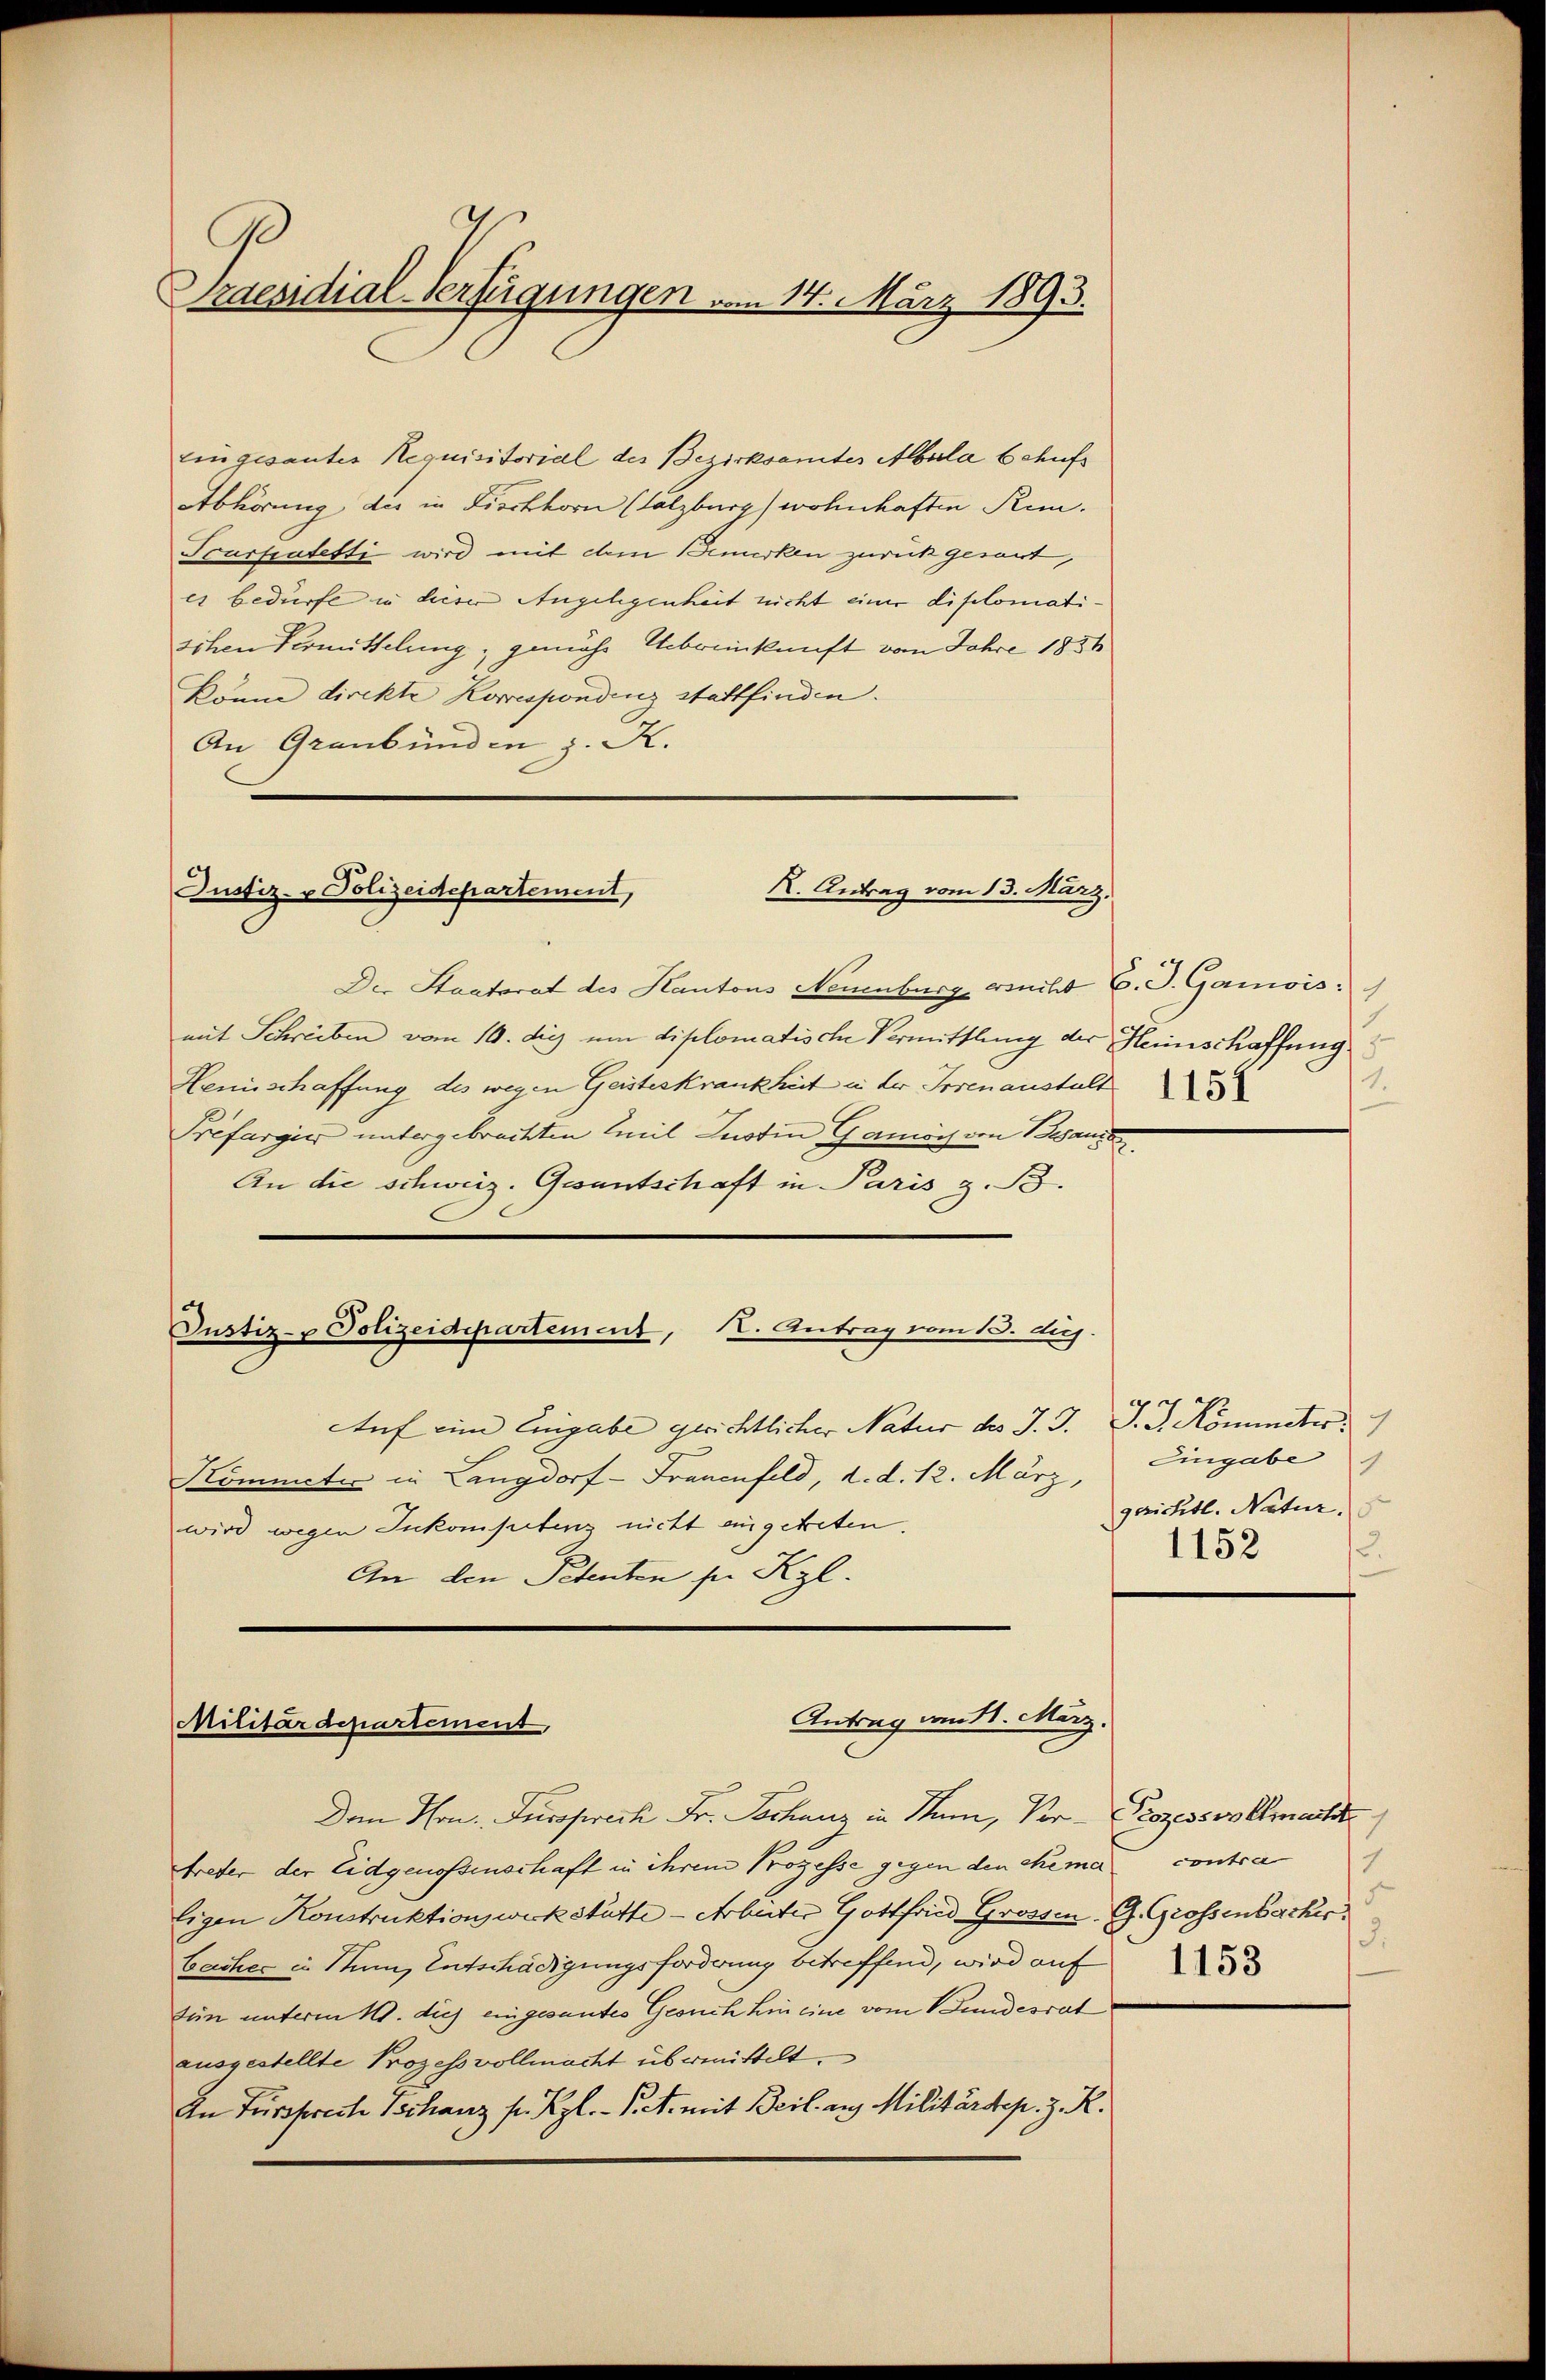
raesidial-Verfügungen vom 14. März 1893.

eingesantes Requisitorial des Bezirksamtes Albula behufs
Abhörung der in Fieckborn (Salzburg wohnhaften Kin¬
Tourpatetti wird mit dem Bemerken zurück gerart,
es bedürfe in dieser Angelegenheit nicht einer diplomatischen Vermittelung; gemäß Uebereinkunft vom Jahre 1834
könne direkte Korrespondenz stattfinden.
An Graubünden z. K.

R. Antrag vom 13. März.
Justiz- & Polizeidepartement,

Antrag am 11. März.
Militärdepartement,

Der Staatsrat des Kantons Neuenburg ersucht C. S. Gamois.
mit Schreiben vom 10. die um diplomatische Vermittlung der Heimschaffung
Herischaffung des wegen Geisteskrankheit in der Irrenanstalt
Préfargier untergebrachten Emil Justin Gamich von Besandt
An die schweiz. Gesantschaft in Paris z. B.
Justiz- & Polizeidepartement, K. Antrag vom 13. die
Auf eine Eingabe gerichtlicher Natur des J. J. J. J. Könnter
Kommeter in Langdorf - Frauenfeld, d. d. 12. März,
wird wegen Inkompetenz nicht eingetreten.
An den Petenten sie Kgl.

Dem Hrn. Fürsprech Fr. Techanz in Stum, Per-Prozessvollmacht
treter der Eidgenossenschaft in ihrem Prozesse gegen den chema
Eigen Konstruktionswerkstätte - Arbeiter Gottfried Grossen. G. Grossenbacher
Cacher in Nun, Entschädigungsforderung betreffend, wird auf
fein unterm 14. dis eingesantes Gesuch hin eine vom Bundesrat
ausgestellte Prozessvollmacht übermittelt.
An Fürspreche Vechanz pr. Kgl. P. et. mit Beil aus Militärdep. z. R.

1.

Eingabe
gerichtl. Natur.
1152
12.

contra
3.
1153